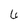
Character: 6